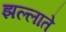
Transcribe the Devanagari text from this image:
झल्लाते